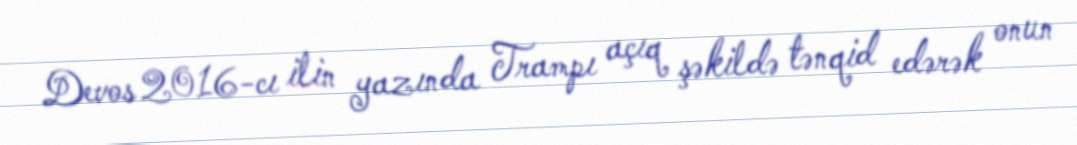
Devos 2016-cı ilin yazında Trampı açıq şəkildə tənqid edərək onun